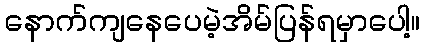
နောက်ကျနေပေမဲ့အိမ်ပြန်ရမှာပေါ့။